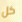
كل